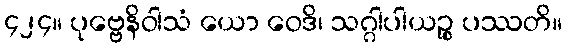
၄၂၄။ ပုဗ္ဗေနိဝါသံ ယော ဝေဒိ၊ သဂ္ဂါပါယဉ္စ ပဿတိ။